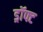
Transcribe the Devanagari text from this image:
ड्रॉफ्ट